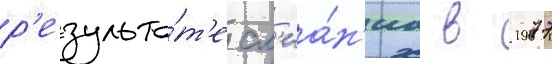
р'езульта́т'е сл'иа́н'иа в 1977